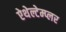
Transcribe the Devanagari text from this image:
ऐथेल्टेम्प्लर